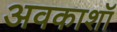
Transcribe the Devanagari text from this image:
अवकाशॉ